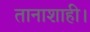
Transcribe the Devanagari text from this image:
तानाशाही।